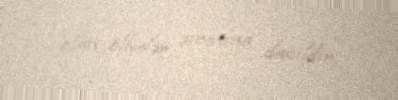
olan ölkələr sırasına daxildir.